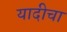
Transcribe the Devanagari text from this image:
यादीचा